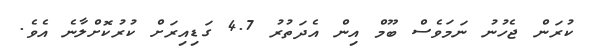
ކުރަން ޖެހުނު ނަމަވެސް ބޫމް އިން އެދަތުރު 4.7 ގަޑިއިރަށް ކުރުކޮށްލާނެ އެވެ.